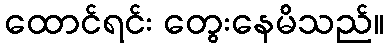
ထောင်ရင်း တွေးနေမိသည်။